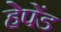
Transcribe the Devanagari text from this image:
हेपेंड